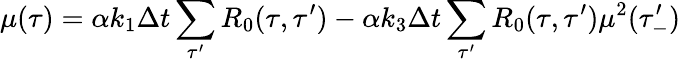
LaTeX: \mu(\tau)=\alpha k_{1}\Delta t\sum_{\tau^{\prime}}R_{0}(\tau,\tau^{\prime})-\alpha k_{3}\Delta t\sum_{\tau^{\prime}}R_{0}(\tau,\tau^{\prime})\mu^{2}(\tau_{-}^{\prime})